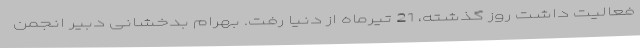
فعالیت داشت روز گذشته، 21 تیرماه از دنیا رفت. بهرام بدخشانی دبیر انجمن